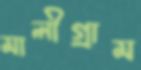
মালীগ্রাম